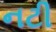
નટી